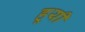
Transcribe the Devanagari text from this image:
हूयी